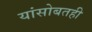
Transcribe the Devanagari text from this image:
यांसोबतही